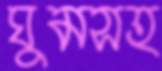
ঘুমসহ